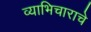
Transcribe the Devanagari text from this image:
व्याभिचाराचे